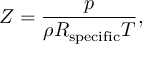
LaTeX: Z = { \frac { p } { \rho R _ { \mathrm { s p e c i f i c } } T } } ,